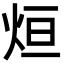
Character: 烜